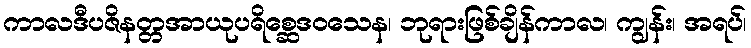
ကာလဒီပဇိနတ္တအာယုပရိစ္ဆေဒဝသေန၊ ဘုရားဖြစ်ချိန်ကာလ၊ ကျွန်း၊ အရပ်၊